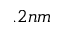
. 2 n m